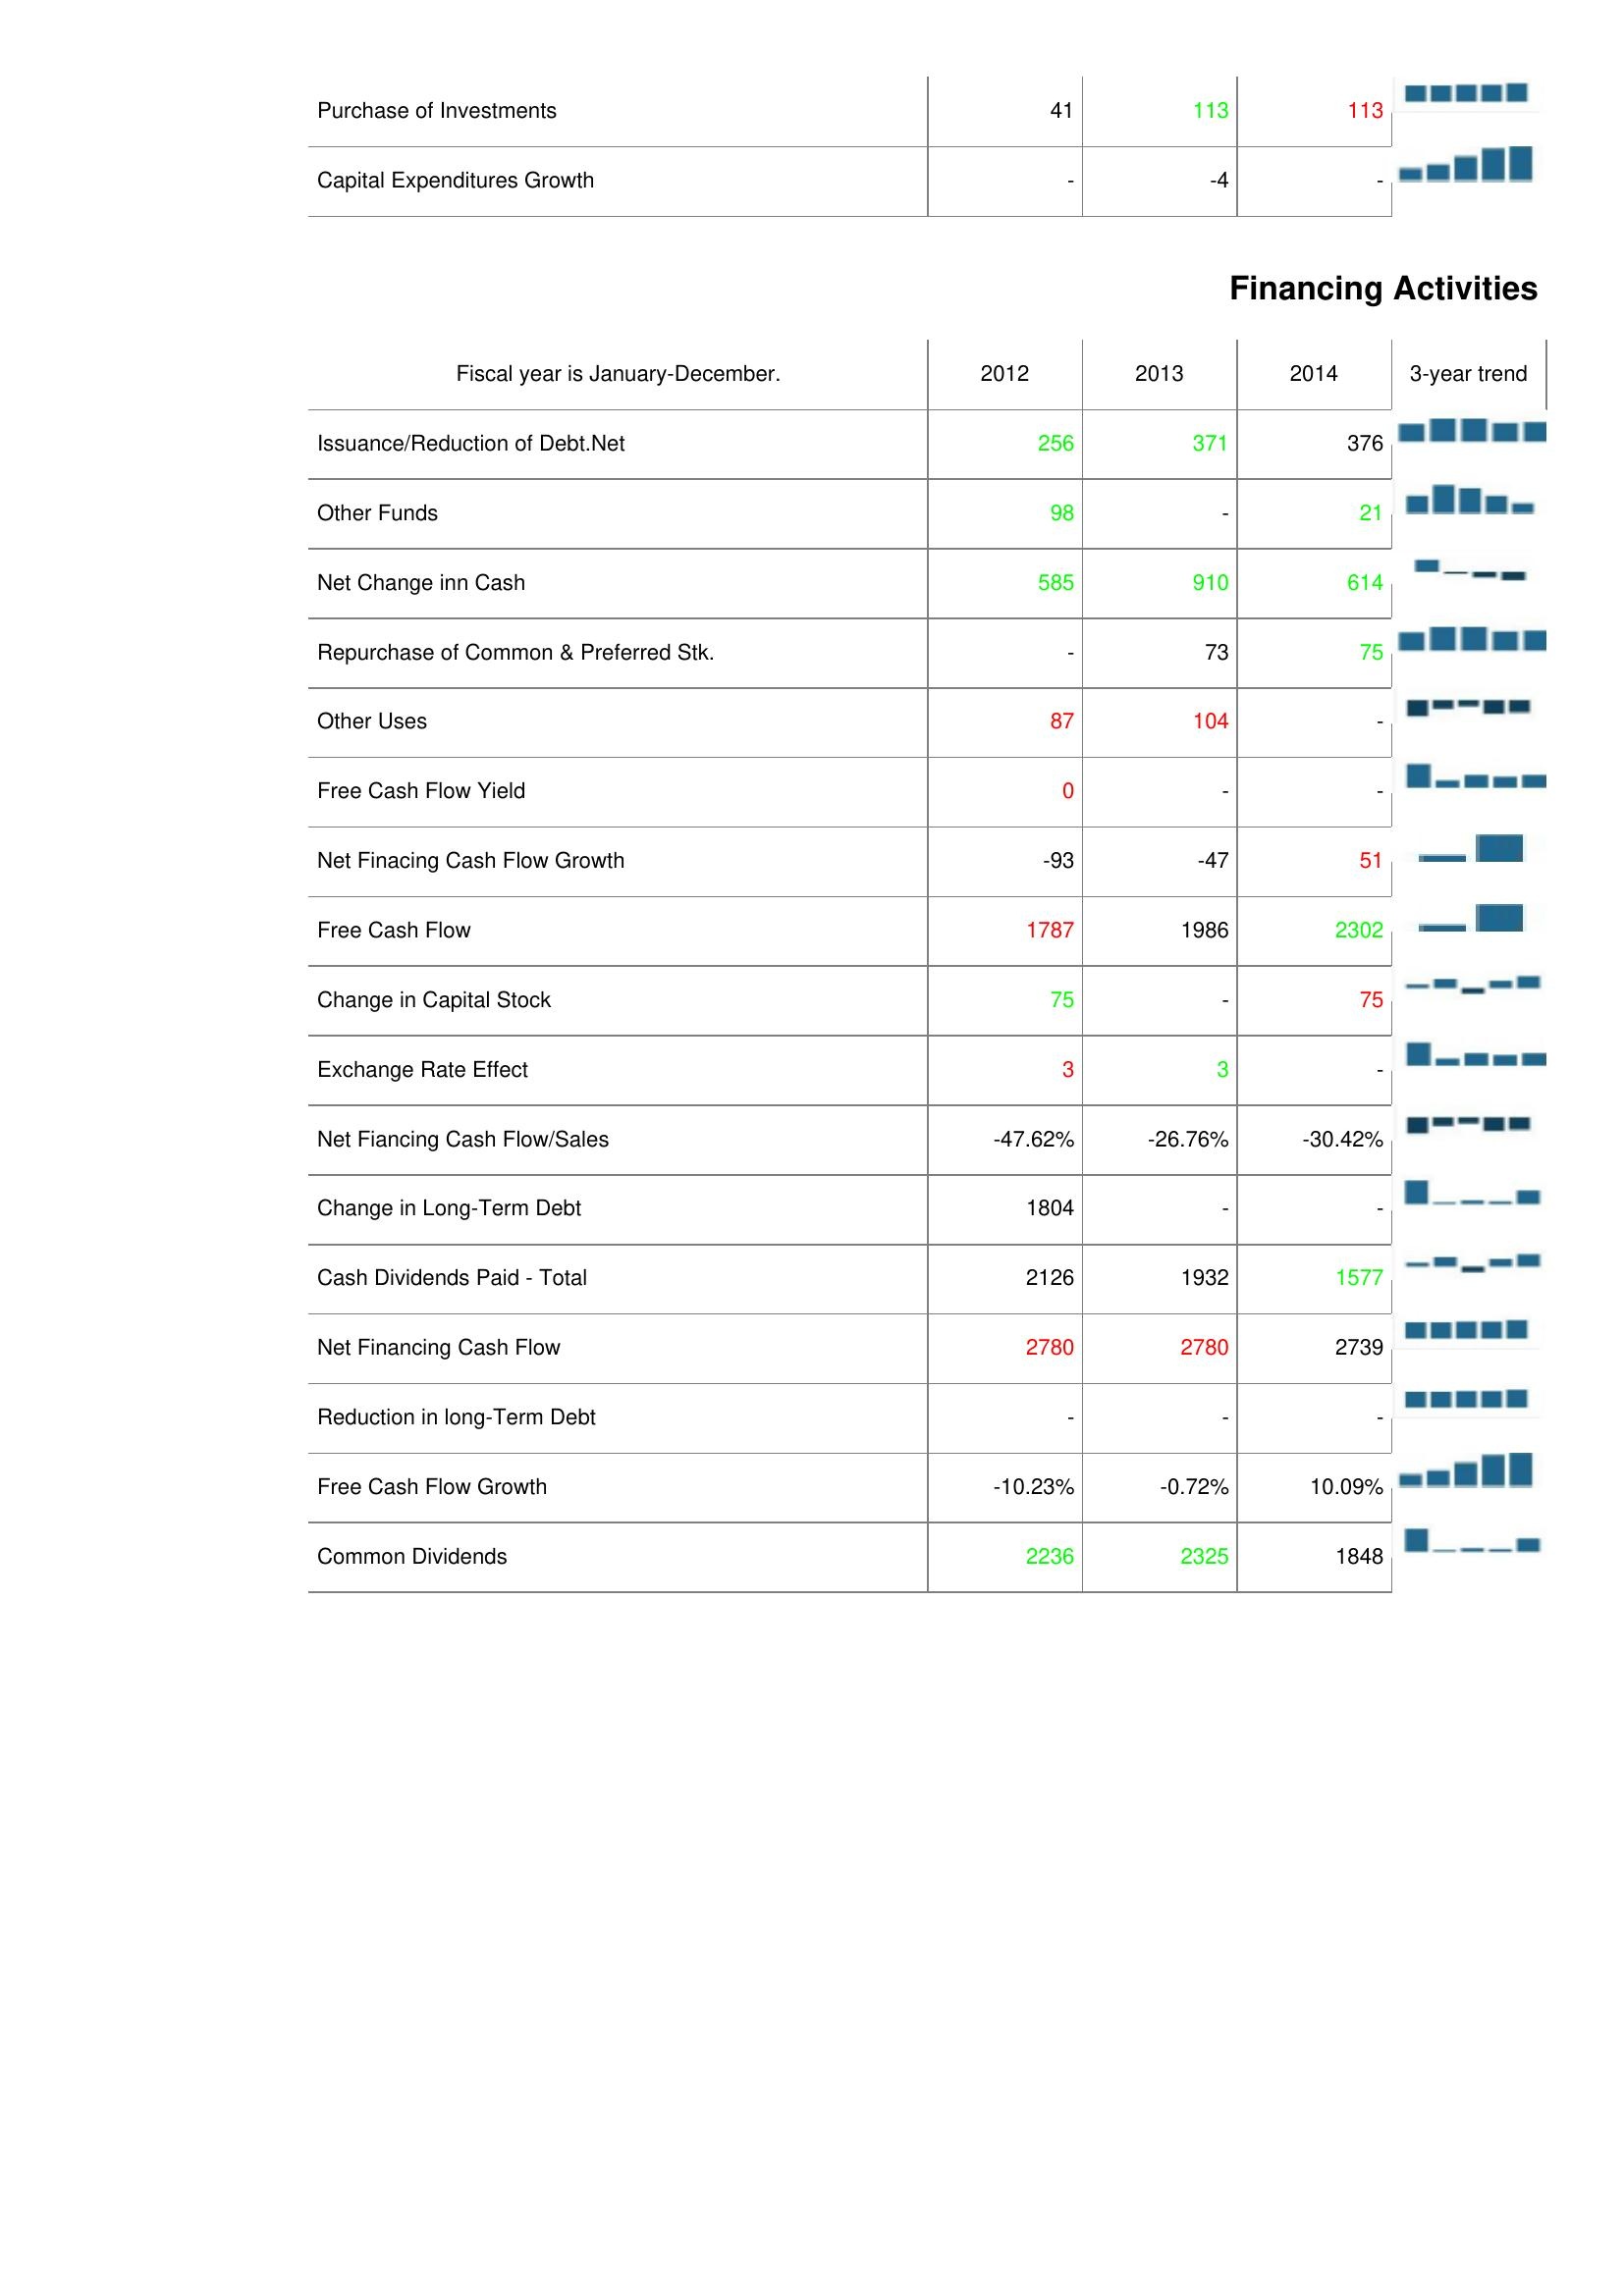
2012: Investing Activities: Purchase of Investments: 41
Capital Expenditures Growth: -
Financing Activities: Issuance/Reduction of Debt.Net: 256
Other Funds: 98
Net Change inn Cash: 585
Repurchase of Common & Preferred Stk.: -
Other Uses: 87
Free Cash Flow Yield: 0
Net Finacing Cash Flow Growth: -93
Free Cash Flow: 1787
Change in Capital Stock: 75
Exchange Rate Effect: 3
Net Fiancing Cash Flow/Sales: -47.62%
Change in Long-Term Debt: 1804
Cash Dividends Paid - Total: 2126
Net Financing Cash Flow: 2780
Reduction in long-Term Debt: -
Free Cash Flow Growth: -10.23%
Common Dividends: 2236
2013: Investing Activities: Purchase of Investments: 113
Capital Expenditures Growth: -4
Financing Activities: Issuance/Reduction of Debt.Net: 371
Other Funds: -
Net Change inn Cash: 910
Repurchase of Common & Preferred Stk.: 73
Other Uses: 104
Free Cash Flow Yield: -
Net Finacing Cash Flow Growth: -47
Free Cash Flow: 1986
Change in Capital Stock: -
Exchange Rate Effect: 3
Net Fiancing Cash Flow/Sales: -26.76%
Change in Long-Term Debt: -
Cash Dividends Paid - Total: 1932
Net Financing Cash Flow: 2780
Reduction in long-Term Debt: -
Free Cash Flow Growth: -0.72%
Common Dividends: 2325
2014: Investing Activities: Purchase of Investments: 113
Capital Expenditures Growth: -
Financing Activities: Issuance/Reduction of Debt.Net: 376
Other Funds: 21
Net Change inn Cash: 614
Repurchase of Common & Preferred Stk.: 75
Other Uses: -
Free Cash Flow Yield: -
Net Finacing Cash Flow Growth: 51
Free Cash Flow: 2302
Change in Capital Stock: 75
Exchange Rate Effect: -
Net Fiancing Cash Flow/Sales: -30.42%
Change in Long-Term Debt: -
Cash Dividends Paid - Total: 1577
Net Financing Cash Flow: 2739
Reduction in long-Term Debt: -
Free Cash Flow Growth: 10.09%
Common Dividends: 1848